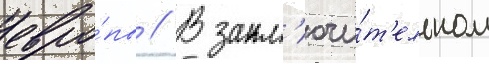
евро́пы // В закл'ючи́т'ельном